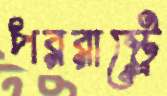
পররাষ্ট্রে